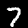
Label: 7